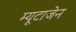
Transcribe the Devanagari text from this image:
म्यूटाजेन